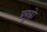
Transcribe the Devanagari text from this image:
प्रबुद्धो